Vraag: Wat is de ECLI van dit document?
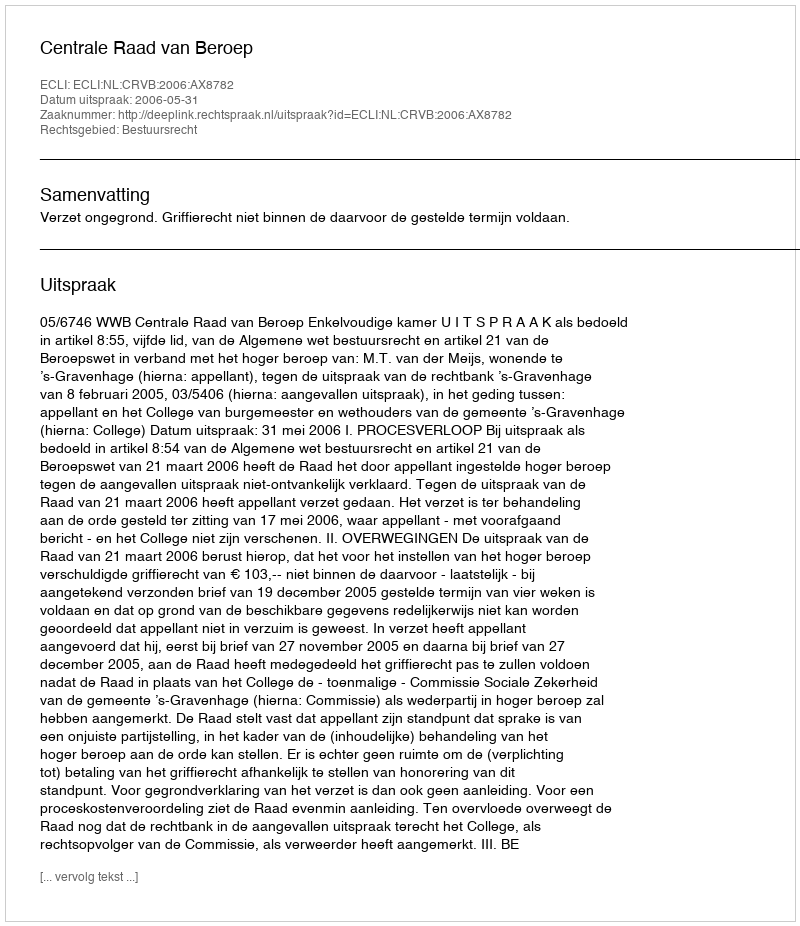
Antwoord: ECLI:NL:CRVB:2006:AX8782